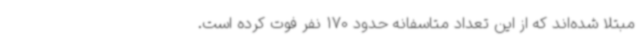
مبتلا شده‌اند که از این تعداد متاسفانه حدود 170 نفر فوت کرده است.